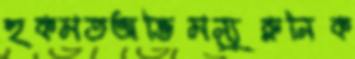
হুকমতঅভিমন্যুরুনিক